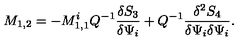
M _ { 1 , 2 } = - M _ { 1 , 1 } ^ { i } Q ^ { - 1 } \frac { \delta S _ { 3 } } { \delta \Psi _ { i } } + Q ^ { - 1 } \frac { \delta ^ { 2 } S _ { 4 } } { \delta \Psi _ { i } \delta \Psi _ { i } } .